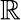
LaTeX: {\boldsymbol{\mathbb{R}}}